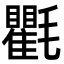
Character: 氍